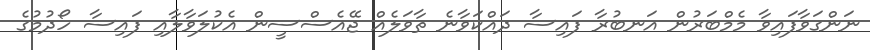
ނަންގަވާފައިވާ މެމްބަރުން އަނބުރާ ފައިސާ ދައްކަވާނެ ތާވަލެއް ޖޭއެސްސީން އެކުލަވާލާއި ފައިސާ ހޯދުމުގެ